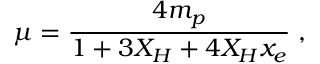
\mu = \frac { 4 m _ { p } } { 1 + 3 X _ { H } + 4 X _ { H } x _ { e } } \; ,